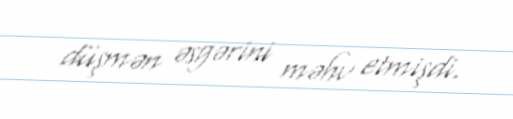
düşmən əsgərini məhv etmişdi.